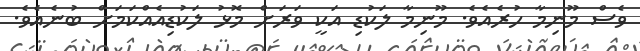
ވެސް މޫނިމާ ހުރެއެވެ. މޫނިމާ ލަކުޑި އަކީ ވަރަށް މޮޅު ލަކުޑިއެއްކަމަށް ބުނެއެވެ.